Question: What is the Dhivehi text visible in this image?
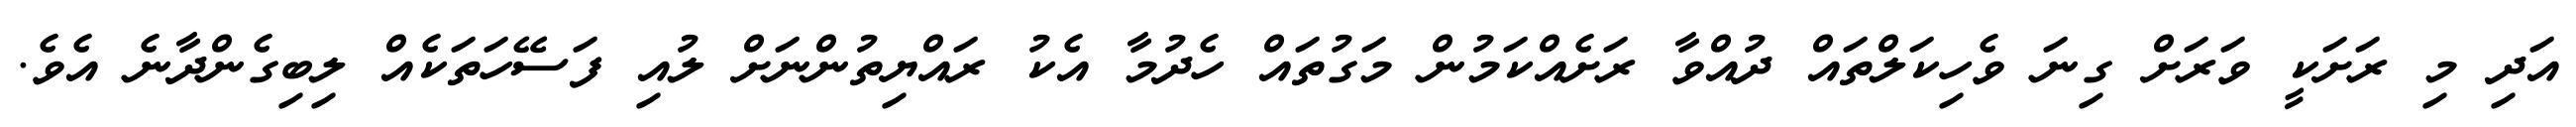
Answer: އަދި މި ރަށަކީ ވަރަށް ގިނަ ވެހިކަލްތައް ދުއްވާ ރަށެއްކަމުން މަގުތައް ހެދުމާ އެކު ރައްޔިތުންނަށް ލުއި ފަސޭހަތަކެއް ލިބިގެންދާނެ އެވެ.